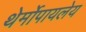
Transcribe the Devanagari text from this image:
थेर्मोपायलेय